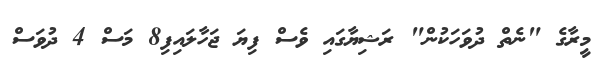
މީރާގެ "ނެތް ދުވަހަކުން" ރަޝިޔާގައި ވެސް ފިޔަ ޖަހާލައިފި8 މަސް 4 ދުވަސް